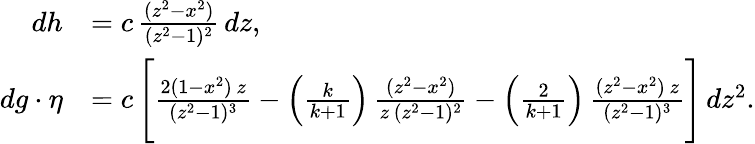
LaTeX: \begin{array}{rl}{dh}&{=c\, \frac{(z^{2}-x^{2})}{(z^{2}-1)^{2}}\, dz,}\\ {dg\cdot\eta}&{=c\, \Bigg[\frac{2(1-x^{2})\, z}{(z^{2}-1)^{3}}-\Big(\frac{k}{k+1}\Big)\, \frac{(z^{2}-x^{2})}{z\, (z^{2}-1)^{2}}-\Big(\frac{2}{k+1}\Big)\, \frac{(z^{2}-x^{2})\, z}{(z^{2}-1)^{3}}\Bigg]\, dz^{2}.}\end{array}